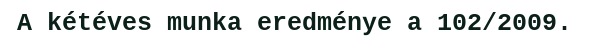
A kétéves munka eredménye a 102/2009.